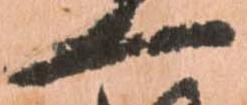
一